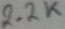
Text: 2.2K